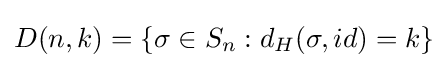
D(n,k)=\{\sigma \in S_{n}:d_{H}(\sigma ,id)=k\}